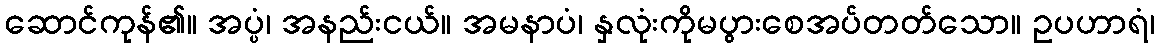
ဆောင်ကုန်၏။ အပ္ပံ၊ အနည်းငယ်။ အမနာပံ၊ နှလုံးကိုမပွားစေအပ်တတ်သော။ ဥပဟာရံ၊